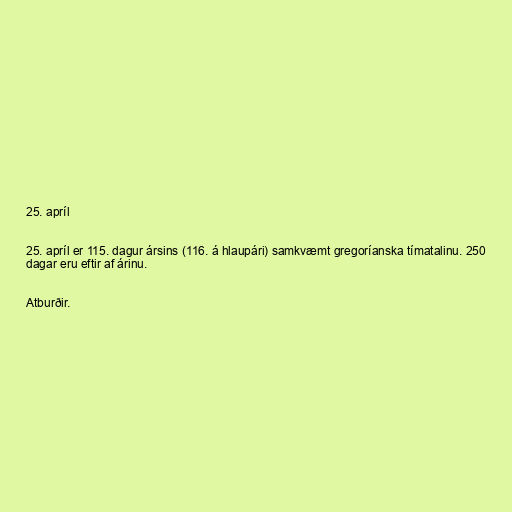
25. apríl

25. apríl er 115. dagur ársins (116. á hlaupári) samkvæmt gregoríanska tímatalinu. 250
dagar eru eftir af árinu.

Atburðir.